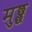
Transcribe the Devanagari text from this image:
मुछ्छ